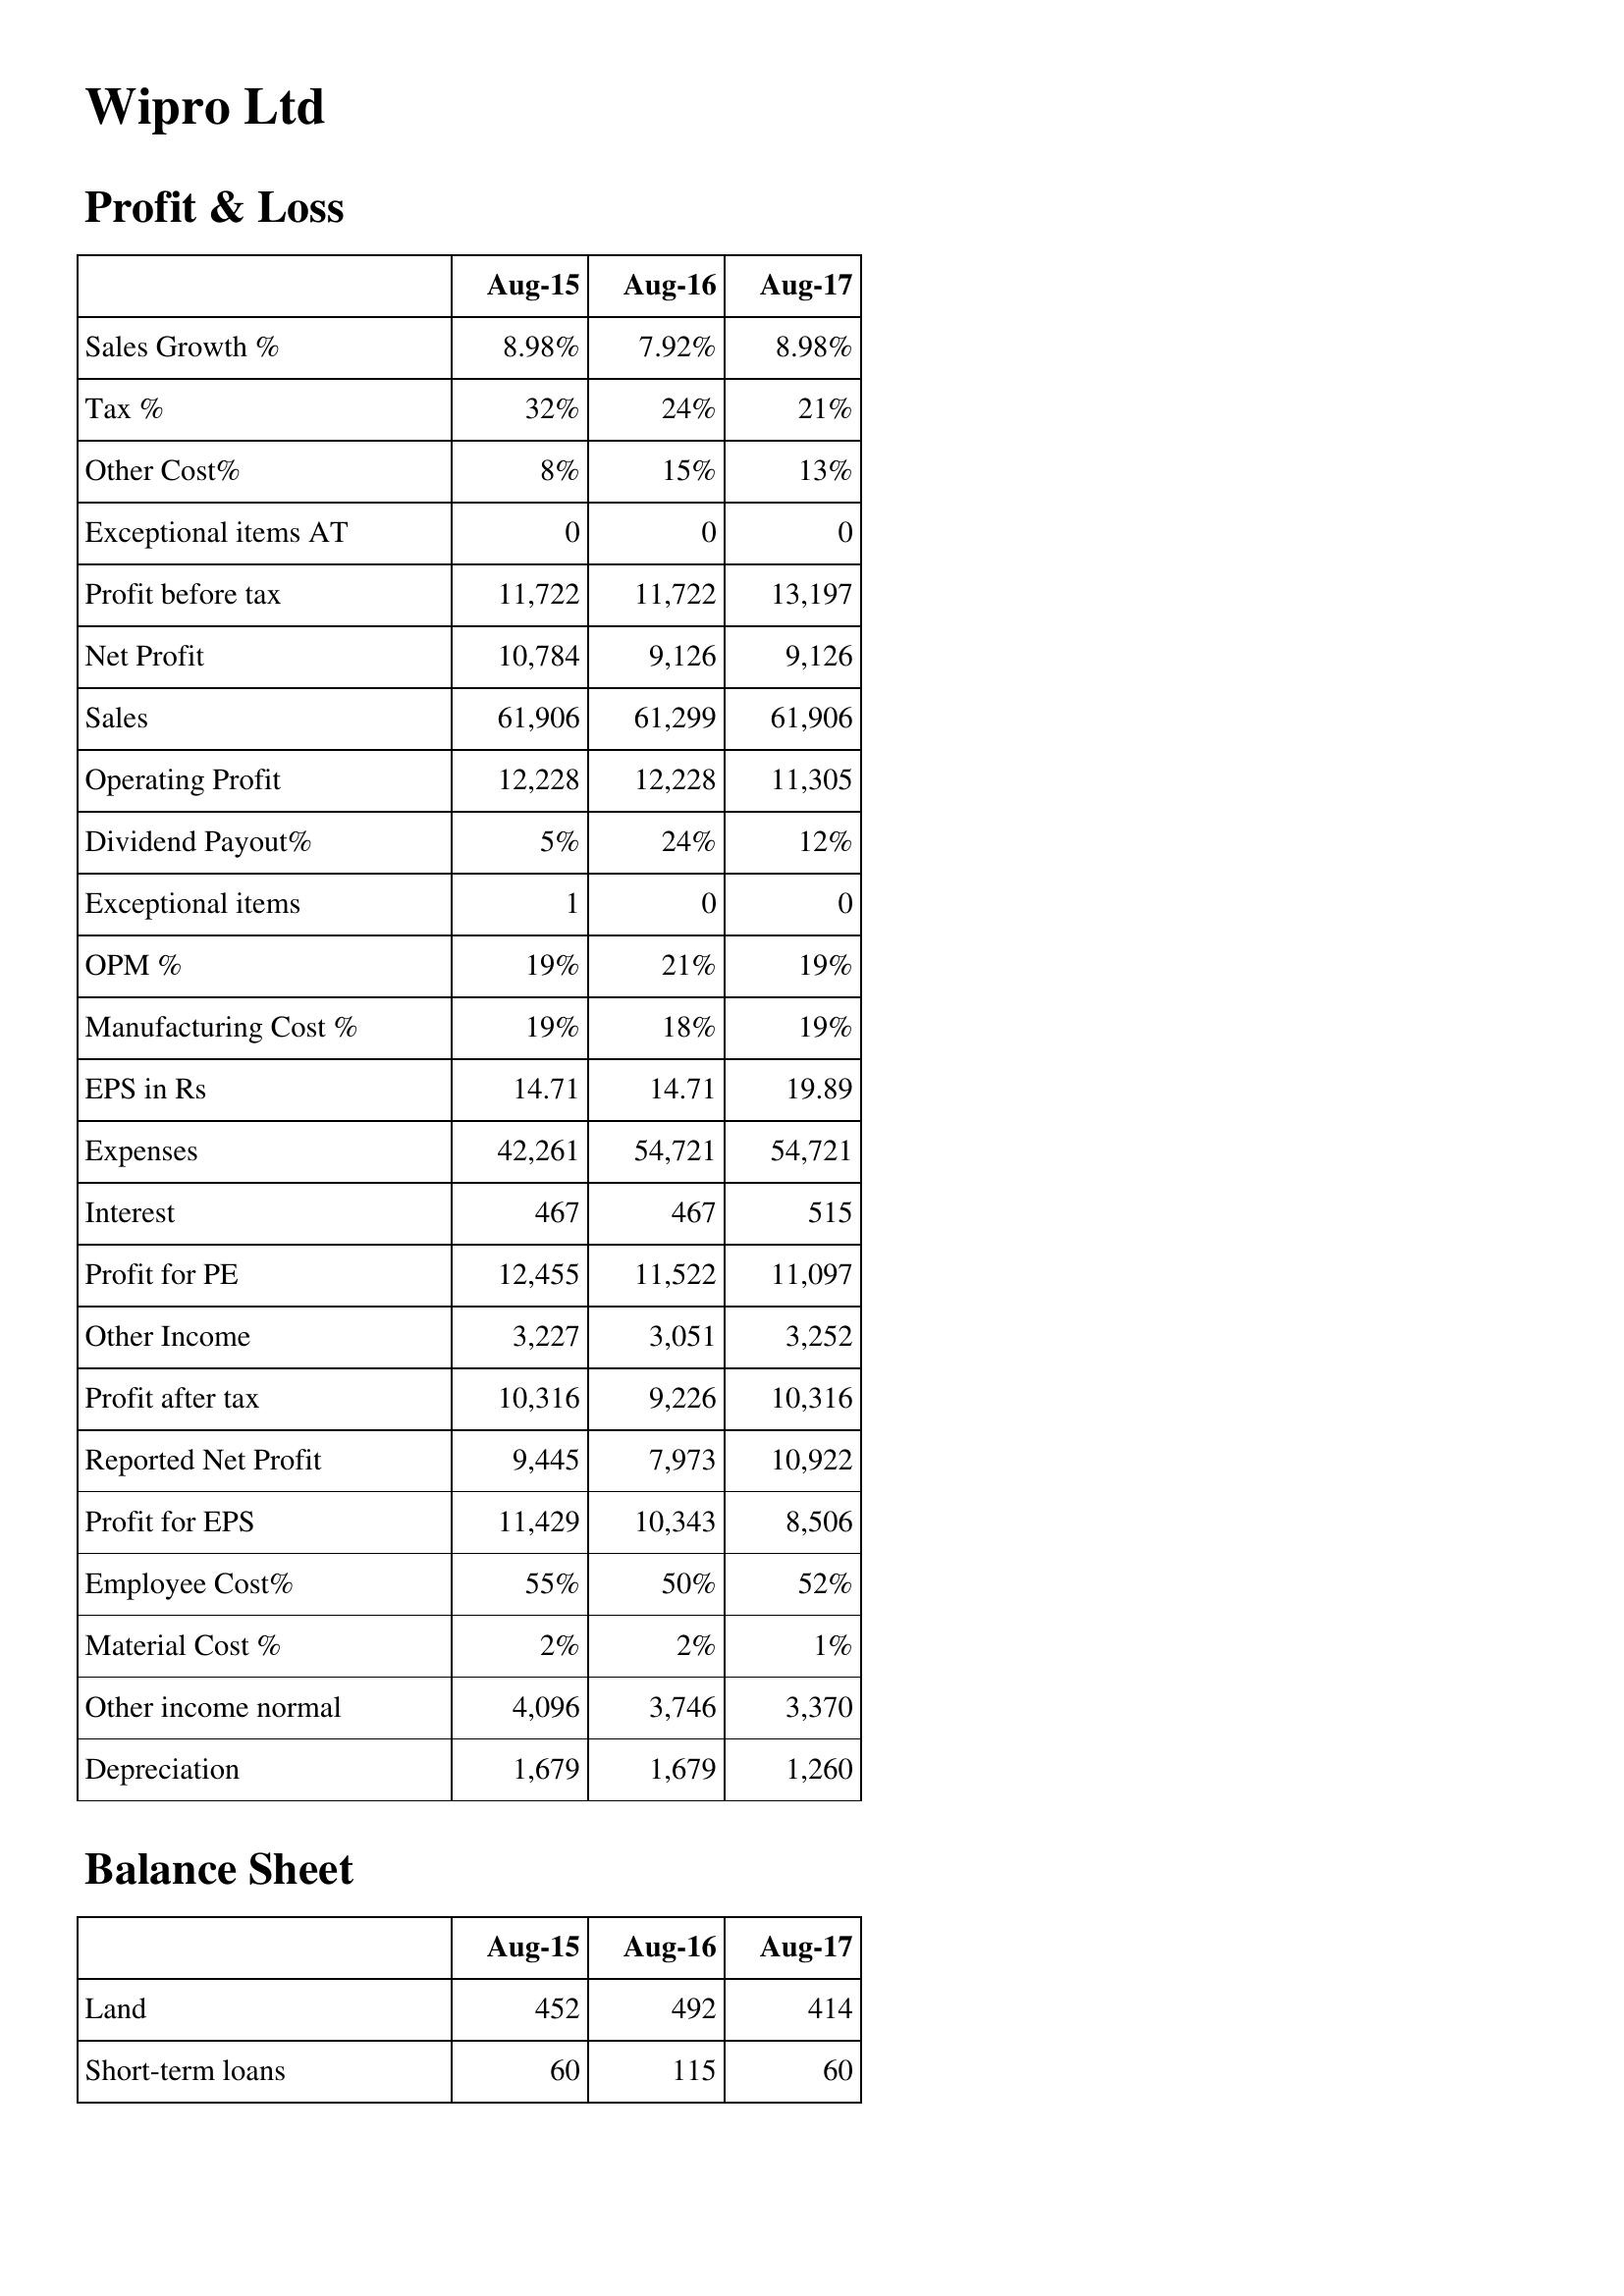
Aug-15: Profit & Loss: Sales Growth %: 8.98%
Tax %: 32%
Other Cost%: 8%
Exceptional items AT: 0
Profit before tax: 11,722
Net Profit: 10,784
Sales: 61,906
Operating Profit: 12,228
Dividend Payout%: 5%
Exceptional items: 1
OPM %: 19%
Manufacturing Cost %: 19%
EPS in Rs: 14.71
Expenses: 42,261
Interest: 467
Profit for PE: 12,455
Other Income: 3,227
Profit after tax: 10,316
Reported Net Profit: 9,445
Profit for EPS: 11,429
Employee Cost%: 55%
Material Cost %: 2%
Other income normal: 4,096
Depreciation: 1,679
Balance Sheet: Land: 452
Short-term loans: 60
Aug-16: Profit & Loss: Sales Growth %: 7.92%
Tax %: 24%
Other Cost%: 15%
Exceptional items AT: 0
Profit before tax: 11,722
Net Profit: 9,126
Sales: 61,299
Operating Profit: 12,228
Dividend Payout%: 24%
Exceptional items: 0
OPM %: 21%
Manufacturing Cost %: 18%
EPS in Rs: 14.71
Expenses: 54,721
Interest: 467
Profit for PE: 11,522
Other Income: 3,051
Profit after tax: 9,226
Reported Net Profit: 7,973
Profit for EPS: 10,343
Employee Cost%: 50%
Material Cost %: 2%
Other income normal: 3,746
Depreciation: 1,679
Balance Sheet: Land: 492
Short-term loans: 115
Aug-17: Profit & Loss: Sales Growth %: 8.98%
Tax %: 21%
Other Cost%: 13%
Exceptional items AT: 0
Profit before tax: 13,197
Net Profit: 9,126
Sales: 61,906
Operating Profit: 11,305
Dividend Payout%: 12%
Exceptional items: 0
OPM %: 19%
Manufacturing Cost %: 19%
EPS in Rs: 19.89
Expenses: 54,721
Interest: 515
Profit for PE: 11,097
Other Income: 3,252
Profit after tax: 10,316
Reported Net Profit: 10,922
Profit for EPS: 8,506
Employee Cost%: 52%
Material Cost %: 1%
Other income normal: 3,370
Depreciation: 1,260
Balance Sheet: Land: 414
Short-term loans: 60